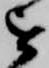
を